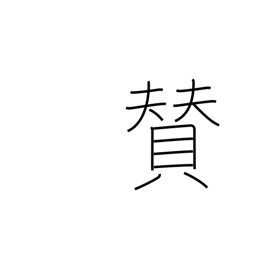
Meaning: title or inscription on picture